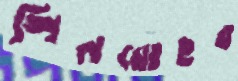
শিলমোহর